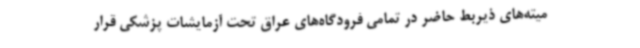
میته‌های ذیربط حاضر در تمامی فرودگاه‌های عراق تحت آزمایشات پزشکی قرار